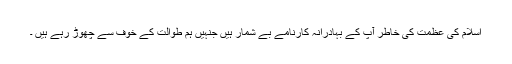
اسلام کی عظمت کی خاطر آپ کے بہادرانہ کارنامے بے شمار ہیں جنہیں ہم طوالت کے خوف سے چھوڑ رہے ہیں ۔